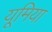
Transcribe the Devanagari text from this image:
यूमिया